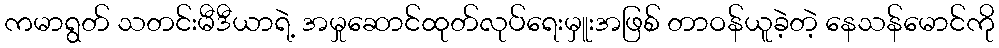
ကမာရွတ် သတင်းမီဒီယာရဲ့ အမှုဆောင်ထုတ်လုပ်ရေးမှူးအဖြစ် တာဝန်ယူခဲ့တဲ့ နေသန်မောင်ကို